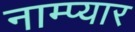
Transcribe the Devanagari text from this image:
नाम्प्यार